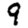
Digit: 9